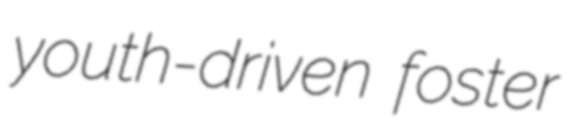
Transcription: youth-driven foster